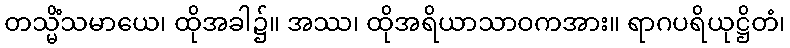
တသ္မိံသမာယေ၊ ထိုအခါ၌။ အဿ၊ ထိုအရိယာသာဝကအား။ ရာဂပရိယုဋ္ဌိတံ၊